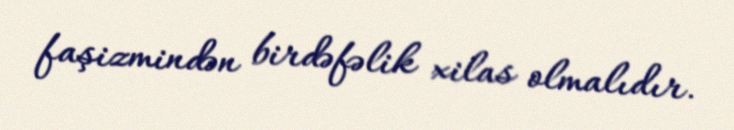
faşizmindən birdəfəlik xilas olmalıdır.